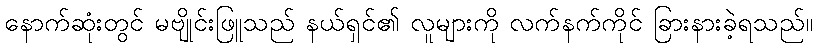
နောက်ဆုံးတွင် မဗျိုင်းဖြူသည် နယ်ရှင်၏ လူများကို လက်နက်ကိုင် ခြားနားခဲ့ရသည်။